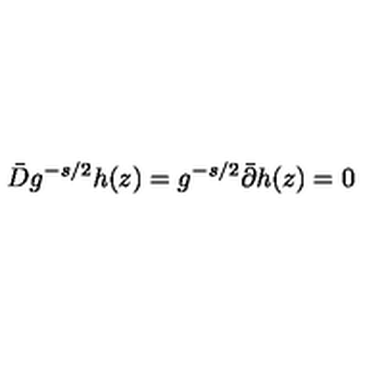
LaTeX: \bar { D } g ^ { - s / 2 } h ( z ) = g ^ { - s / 2 } \bar { \partial } h ( z ) = 0